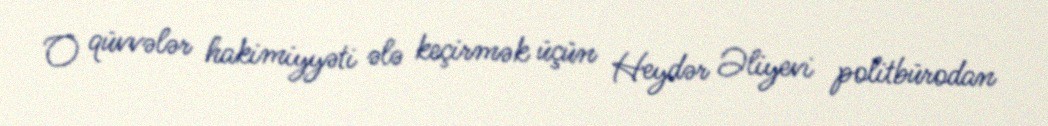
O qüvvələr hakimiyyəti ələ keçirmək üçün Heydər Əliyevi politbürodan